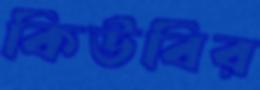
কিউবির